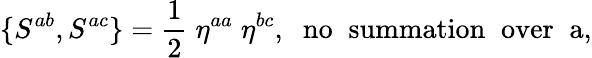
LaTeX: \{ S^{ab},S^{ac}\} =\frac{1}{2}\; \eta^{aa}\; \eta^{bc},\; \; \mathrm{no\; \; summation\; \; over\; \; a},